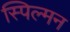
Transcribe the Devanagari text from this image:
स्पिल्मन